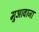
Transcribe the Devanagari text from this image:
मुआवाजा